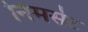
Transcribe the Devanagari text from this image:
निमसेट